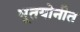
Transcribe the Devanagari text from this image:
भूतयोनीत